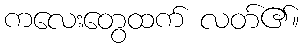
ကလေးတွေထက် လတ်၏။